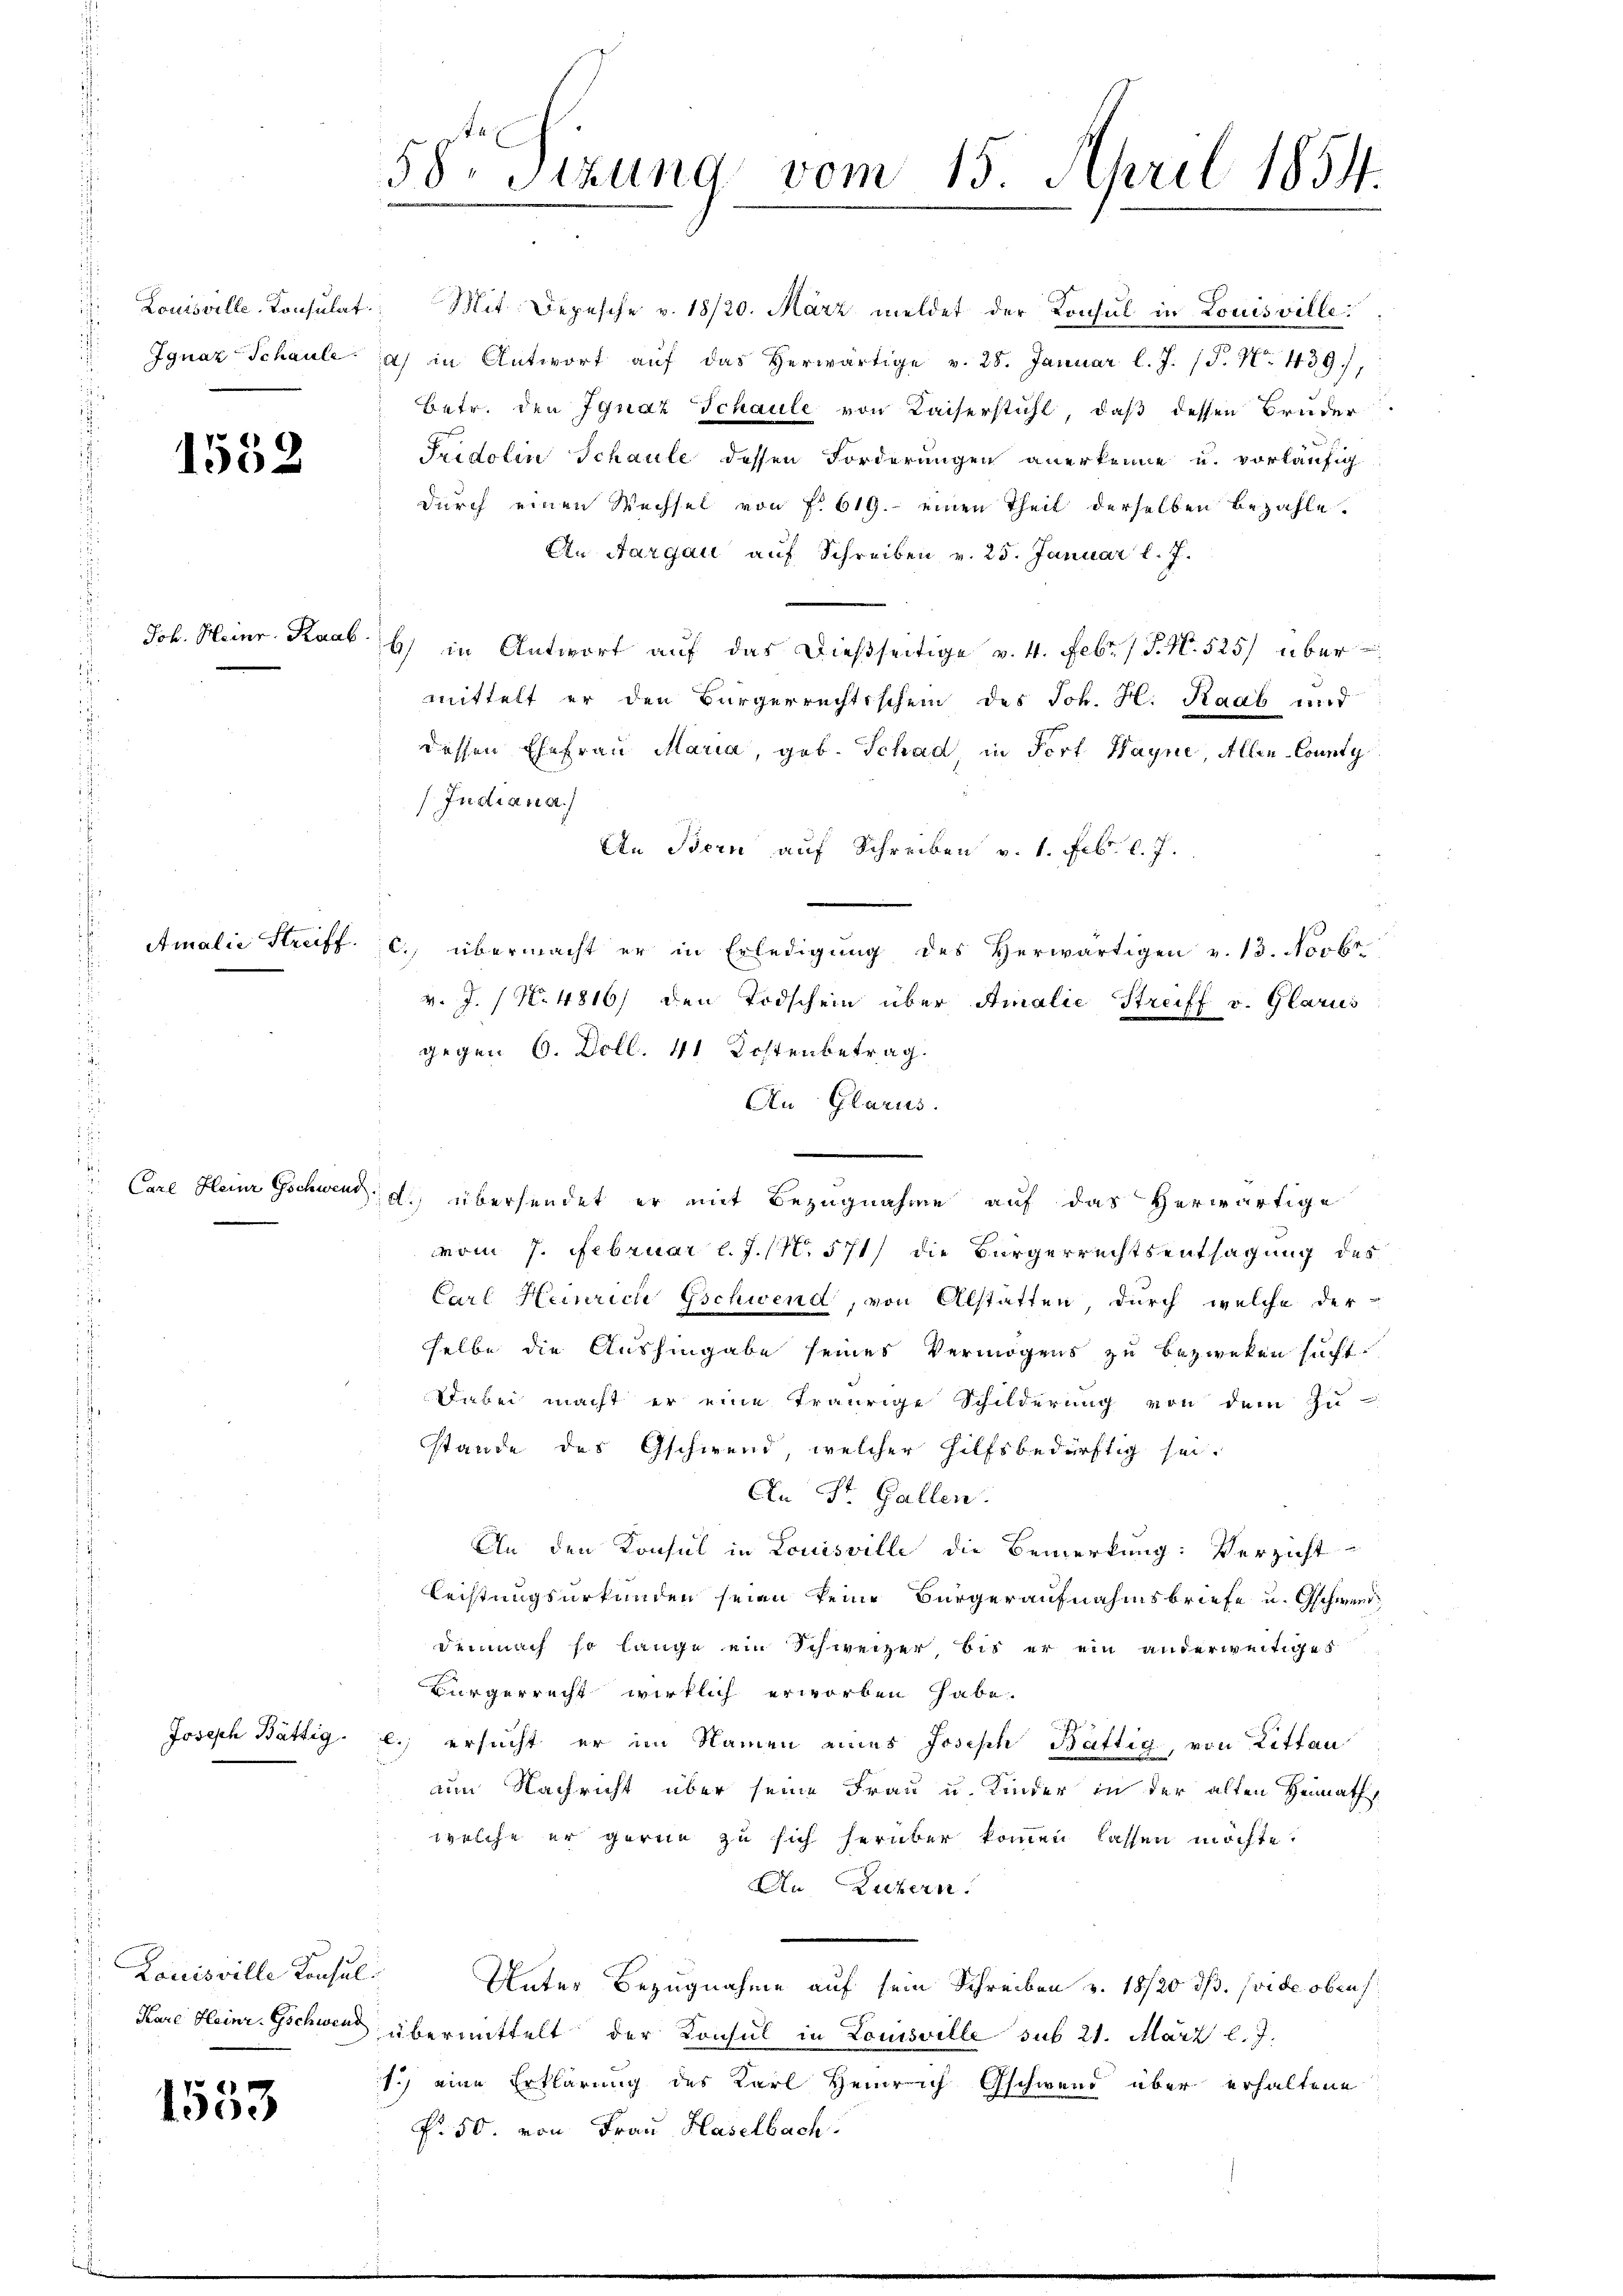
Louisville Konsulat

1552

Joh. Heinr. Raab

1553

Louisville Konsul

Mit. Depesche v. 18/20. März meldet der Konsul in Louisville:
Ignaz-Schaule zu in Antwort aŭf das herwärtige v. 28. Januar l. J. P. Nr. 439,
Betr. den Ignaz Schaule von Kaiserstühl, daß dessen Bruder
Fridolin Schaule dessen Forderungen anerkenne u. vorläufig
durch einen Wechsel von f. 619. einen Theil derselben bezahle.
An Aargau auf Schreiben v. 25. Januar l. J.
b) in Antwort aŭf das dießseitige v. 4. Febr. / J. N. 525/ über
mittelt er den Bürgerrechtsschein des Joh. H. Raab und
dessen Ehefrau Maria, geb. Schad, in Fort Hayne, Allen-County
Jndiana
An Bern auf Schreiben v. 1. Febr. l. J.
Amalie Streift. c. übermacht er in Erledigŭng des Verwärtigen v. 13. Novbr.
v. J. / N. 4816) den Todschein über Amalie Streiff v. Glarus
gegen 6. Doll. 41 Kostenbetrag.
An Glarus.
Care Heinz Gschwer a. übersendet er mit Bezugnahme auf das herwärtige
vom 7. Februar l. J. N. 571) die Bürgerrechtsentsagung des
Carl Heinrich Gschwend, von Alstatten, durch welche der
selbe die Aushingabe seines Vermögens zu bezweken sucht.
Dabei macht er eine traurige Schilderung von dem zu
stände des Gschwend, welcher hilfsbedürftig sei.
An St. Gallen.
An den Konsul in Louisville die Bemerkung: Verzicht
Leistungsurkunden seien keine Bürgeraufnahmsbriefe u. Gschwend¬
Demnach so lange ein Schweizer, bis er ein anderweitiges
Bürgerrecht wirklich erworben habe.
Joseph Bättig. l. ersucht er im Namen eines Joseph Bättig, von Litten
am Nachricht über seine Frau u. Kinder in der alten Heimaths
welche er gerne zu sich herüber kommen lassen möchte.
An Luzern.
Unter Bezugnahme auf sein Schreiben v. 18/20 dß. (vide oben
Kare Heinr. Gschwer übermittelt der Konsul in Louisville sub 21. März l. J.
Sch eine Erklärung des Karl Heinrich Gschwend über erhaltene
P. 50. von Frau Haselbach

58. Sitzung vom 15. April 1854.